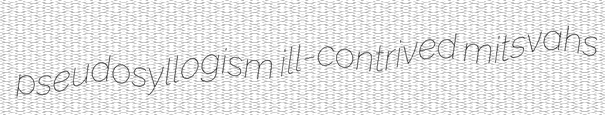
pseudosyllogism ill-contrived mitsvahs